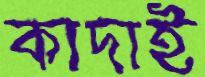
কাদাই